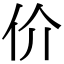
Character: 价